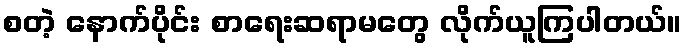
စတဲ့ နောက်ပိုင်း စာရေးဆရာမတွေ လိုက်ယူကြပါတယ်။